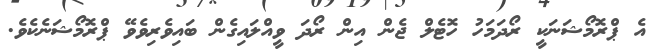
އެ ޕްރޮމޯޝަނަކީ ރޯދަމަހު ހޮޓެލް ޖެން އިން ރޯދަ ވީއްލައިގެން ބައިވެރިވެވޭ ޕްރޮމޯޝަނެކެވެ.